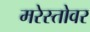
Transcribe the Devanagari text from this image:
मरेस्तोवर